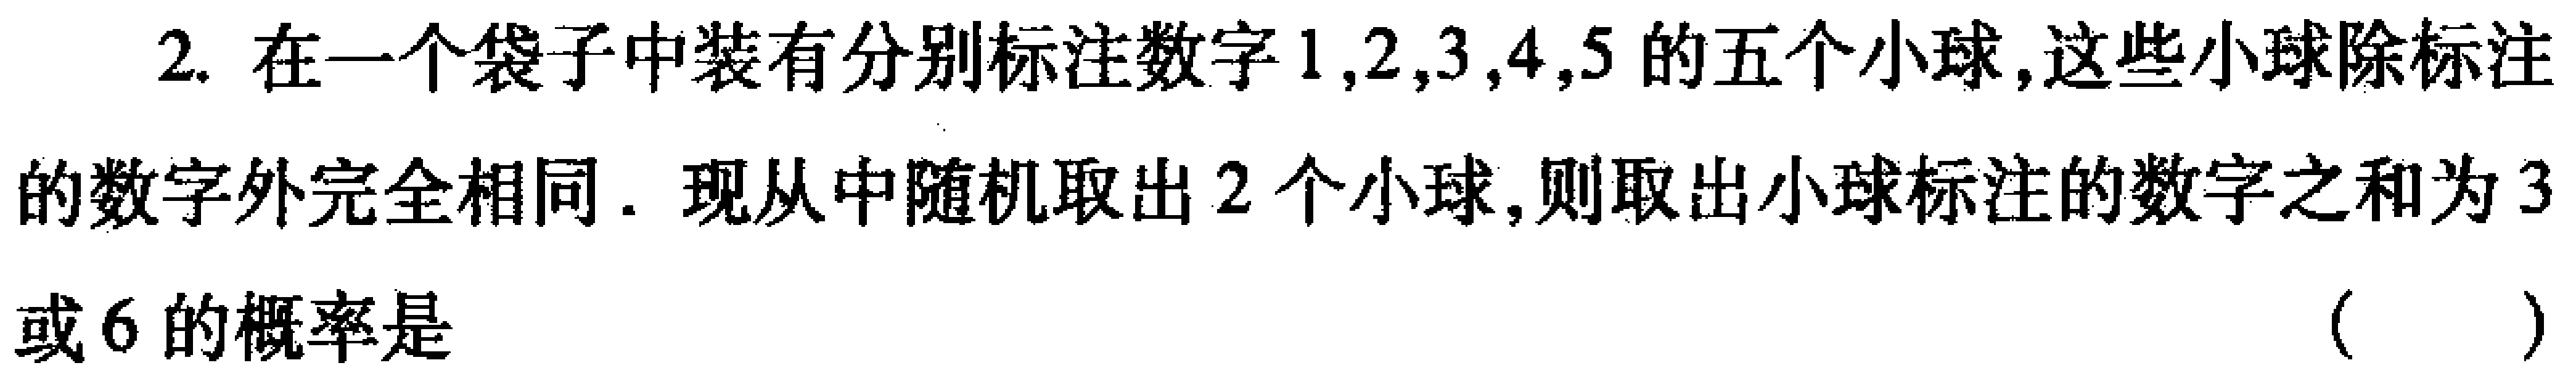
2. 在一个袋子中装有分别标注数字\(1,2,3,4,5\)的五个小球,这些小球除标注的数字外完全相同. 现从中随机取出\(2\)个小球,则取出小球标注的数字之和为\(3\)或\(6\)的概率是 （  ）